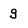
Character: g